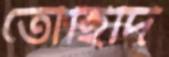
তৌহিদি